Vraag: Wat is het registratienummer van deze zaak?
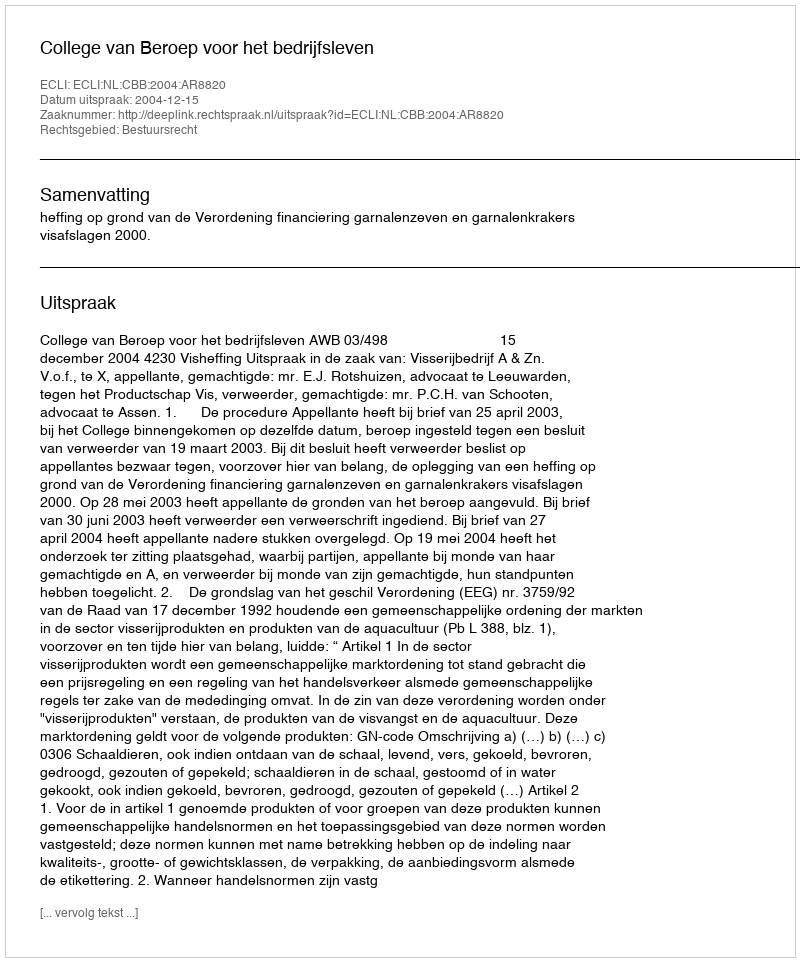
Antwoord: http://deeplink.rechtspraak.nl/uitspraak?id=ECLI:NL:CBB:2004:AR8820